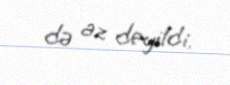
də az deyildi.